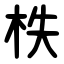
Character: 柣